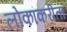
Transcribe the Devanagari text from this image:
लोकांकरीता